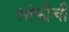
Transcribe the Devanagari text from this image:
सोफीची